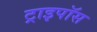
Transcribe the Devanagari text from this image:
ट्राइपॉस